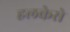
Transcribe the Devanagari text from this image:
हलकेसे